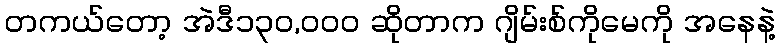
တကယ်တော့ အဲဒီ၁၃၀,၀၀၀ ဆိုတာက ဂျိမ်းစ်ကိုမေကို အနေနဲ့